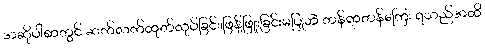
အဆိုပါစာတွင် ဆက်လက်ထုတ်လုပ်ခြင်း၊ဖြန့်ဖြူးခြင်းမပြုဘဲ တန်ရာတန်ကြေး ရသည်အထိ